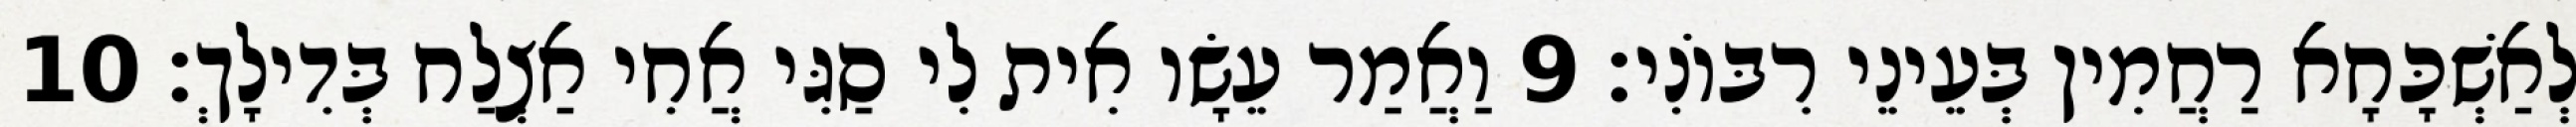
לְאַשְׁכָּחָא רַחֲמִין בְּעֵינֵי רִבּוֹנִי׃ 9 וַאֲמַר עֵשָׂו אִית לִי סַגִּי אֲחִי אַצְלַח בְּדִילָךְ׃ 10